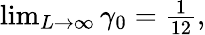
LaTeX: \begin{array}{r}{\operatorname*{lim}_{L\to\infty}\gamma_{0}=\frac{1}{12},}\end{array}